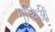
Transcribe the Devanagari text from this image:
गुत्थिओं